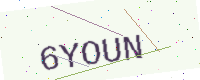
Text: 6YOUN